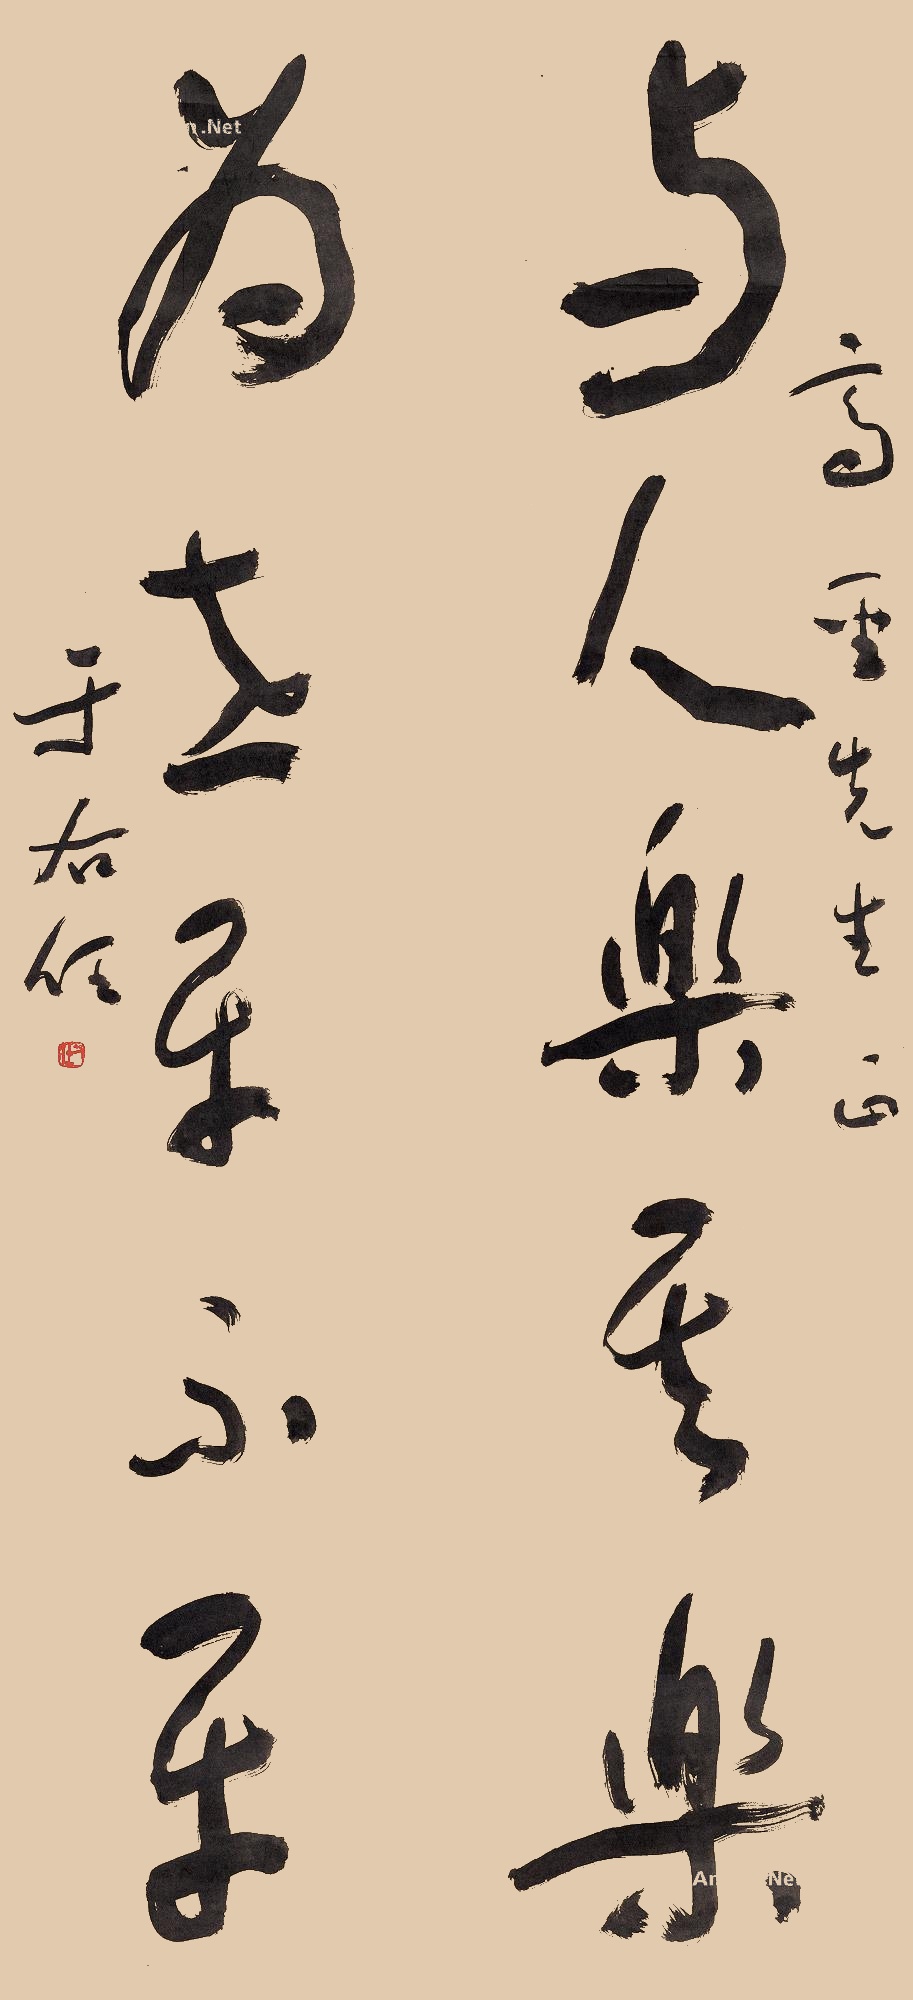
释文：与人乐其乐，为世平不平。高圣先生正。于右任。